Report of the Indian Hemp Drugs Commission, 1894-1895 - Volume VI
Year: 1894
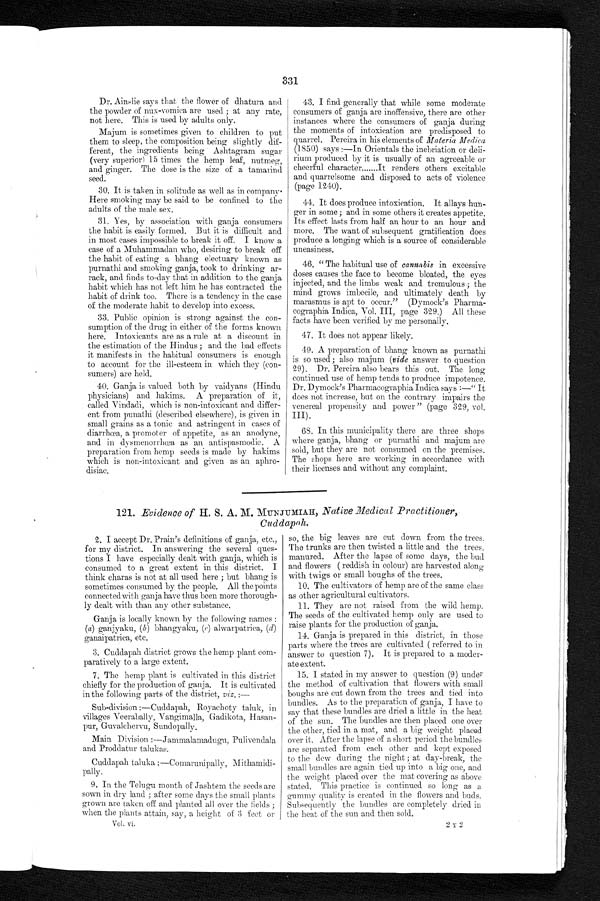
331
Dr. Ainslie says that the flower of dhatura and
the powder of nux-vomica are used ; at any rate,
not here. This is used by adults only.
Majum is sometimes given to children to put
them to sleep, the composition being slightly dif-
ferent, the ingredients being Ashtagram sugar
(very superior) 15 times the hemp leaf, nutmeg,
and ginger. The dose is the size of a tamarind
seed.
30. It is taken in solitude as well as in company.
Here smoking may be said to be confined to the
adults of the male sex.
3 1 . Y e s , b y a s s o c i a t i o n w i t h g a n j a c o n s u m e r s t h e h a b i t i s e a s i l y f o r m e d . B u t i t i s d i f f i c u l t a n d
in most cases impossible to break it off. I know a
c a s e o f a M o h a m m a d a n w h o , d e s i r i n g t o b r e a k o f f t h e h a b i t o f e a t i n g a b h a n g e l e c t u a r y k n o w n a s
purnathi and smoking ganja, took to drinking ar-
rack, and finds to-day that in addition to the ganja
habit which has not left him he has contracted the
habit of drink too. There is a tendency in the case
of the moderate habit to develop into excess.
33. Public opinion is strong against the con-
sumption of the drug in either of the forms known
here. Intoxicants are as a rule at a discount in
the estimation of the Hindus ; and the bad effects
it manifests in the habitual consumers is enough
to account for the ill-esteem in which they (con-
sumers) are held.
40. Ganja is valued both by vaidyans (Hindu
physicians) and hakims. A preparation of it,
called Vindadi, which is non-intoxicant and differ-
ent from punathi (described elsewhere), is given in
small grains as a tonic and astringent in cases of
diarrhœa, a promoter of appetite, as an anodyne,
and in dysmenorrhœa as an antispasmodic. A
preparation from hemp seeds is made by hakims
which is non-intoxicant and given as an aphro-
disiac.
43. I find generally that while some moderate
consumers of ganja are inoffensive, there are other
instances where the consumers of ganja during
the moments of intoxication are predisposed to
quarrel. Pereira in his elements of Materia Medica
(1850) says :—In Orientals the inebriation or deli-
rium produced by it is usually of an agreeable or
cheerful character . . . It renders others excitable
and quarrelsome and disposed to acts of violence
(page 1240).
44. It does produce intoxication. It allays hun
- g e r i n s o m e ; a n d i n s o m e o t h e r s i t c r e a t e s a p p e t i t e .
I t s e f f e c t l a s t s f r o m h a l f a n h o u r t o a n h o u r a n d m o r e . T h e w a n t o f s u b s e q u e n t g r a t i f i c a t i o n d o e s
produce a longing which is a source of considerable
_uneasiness.
46. " The habitual use of cannabis in excessive
doses causes the face to become bloated, the eyes
injected, and the limbs weak and tremulous; the
mind grows imbecile, and ultimately death by
marasmus is apt to occur." (Dymock's Pharma--
cographia Indica, Vol. III, page 329.) All these
facts have been verified by me personally.
47. It does not appear likely.
49. A preparation of bhang known as purnathi
is so used; also majum (vide answer to question
29). Dr. Pereira also bears this out. The long
continued use of hemp tends to produce impotence.
Dr. Dymock's Pharmacographia Indica says :—" It
does not increase, but on the contrary impairs the
venereal propensity and power" (page 329, vol.
III).
68. In this municipality there are three shops
where ganja, bhang or purnathi and majum are
sold, but they are not consumed on the premises.
The shops here are working in accordance with
their licenses and without any complaint.
121. Evidence of H. S. A. M. MUNJUMIAH, Native Medical Practitioner,
Cuddapah.
2 . I a c c e p t D r . P r a i n ' s d e f i n i t i o n s o f g a n j a , e t c . ,
for my district. In answering the several ques-
tions I have especially dealt with ganja, which is
consumed to a great extent in this district. I
think charas is not at all used here ; but bhang is
sometimes consumed by the people. All the points
connected with ganja have thus been more thorough-
ly dealt with than any other substance.
Ganja is locally known by the following names :
(a) ganjyaku, (b) bhangyaku, (c) alwarpatrica, (d)
ganaipatrica, etc.
3. Cuddapah district grows the hemp plant com-
paratively to a large extent.
7. The hemp plant is cultivated in this district
chiefly for the production of ganja. It is cultivated
in the following parts of the district, viz. :—
Sub-division :—Cuddapah, Royachoty taluk, in
villages Veerabally, Vangimalla, Gadikota, Hasan-
pur, Guvalchervu, Sundopally.
Main Division:—Jammalamadugu, Pulivendala
a n d P r o d d a t u r t a l u k a s .
C u d d a p a h t a l u k a : — C o m a r u n i p a l l y , M i t h a m i d i - p a l l y .
9. In the Telugu month of Jashtem the seeds are
sown in dry land ; after some days the small plants
grown are taken off and planted all over the fields ;
when the plants attain, say, a height of 3 feet or
Vol. vi.
so, the big leaves are cut down from the trees.
The trunks are then twisted a little and the trees.
manured. After the lapse of some days, the bud
and flowers ( reddish in colour) are harvested along
with twigs or small boughs of the trees.
10. The cultivators of hemp are of the same class
as other agricultural cultivators.
11. They are not raised from the wild hemp.
The seeds of the cultivated hemp only are used to
raise plants for the production of ganja.
14. Ganja is prepared in this district, in those
parts where the trees are cultivated ( referred to in
answer to question 7). It is prepared to a moder
- a t e e x t e n t .
15. I stated in my answer to question (9) under
the method of cultivation that flowers with small
boughs are cut down from the trees and tied into
bundles. As to the preparation of ganja, I have to
say that these bundles are dried a little in the heat
of the sun. The bundles are then placed one over
the other, tied in a mat, and a big weight placed
over it. After the lapse of a short period the bundles
are separated from each other and kept exposed
to the dew during the night ; at day-break, the
small bundles are again tied up into a big one, and.
the weight placed over the mat covering as above
stated. This practice is continued so long as a
g u m m y q u a l i t y i s c r e a t e d i n t h e f l o w e r s a n d b u d s .
Subsequently the bundles are completely dried in
the heat of the sun and then sold.
2 y 2